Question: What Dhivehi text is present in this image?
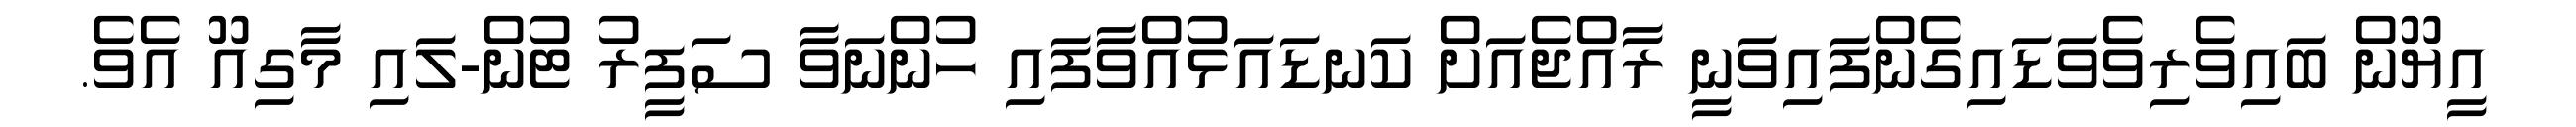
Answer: އީޔޫން ބައިވެރިވެވަޑައިގެންފައިވަނީ ރާއްޖެއަށް ކަނޑައަޅުއްވާފައި ހުންނަވާ ސަފީރު ޓުން-ލައި މާގިއޫ އެވެ.